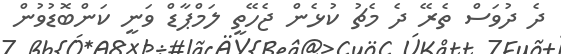
ދެ ދުވަސް ތެރޭ ދެ މެޗު ކުޅެން ޖެހޭތީ ލަމްޕާޑް ވަނީ ކަންބޮޑުވުން